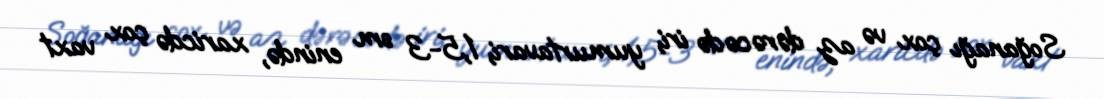
Soğanağı çox və az dərəcədə iri, yumurtavari, 1,5-3 sm enində, xaricdə çox vaxt